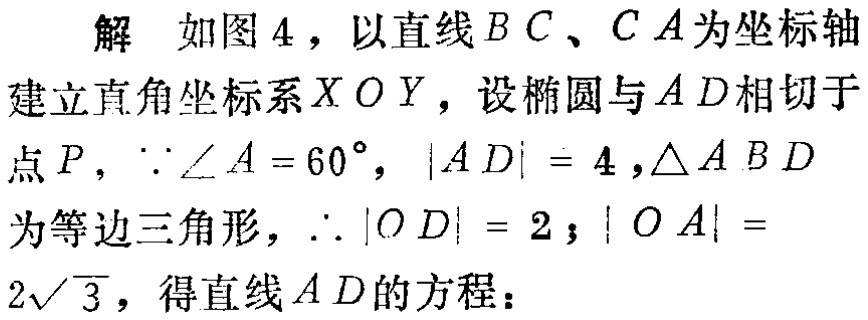
解 如图4，以直线\(BC\)、\(CA\)为坐标轴建立直角坐标系\(XOY\)，设椭圆与\(AD\)相切于点\(P\)，\(\because\angle A = 60^{\circ}\)，\(\vert AD\vert = 4\)，\(\triangle ABD\)为等边三角形，\(\therefore\vert OD\vert = 2\)；\(\vert OA\vert = 2\sqrt{3}\)，得直线\(AD\)的方程：